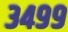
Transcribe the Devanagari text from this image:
३४९९